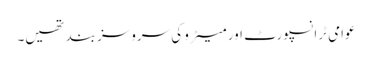
عوامی ٹرانسپورٹ اور میٹرو کی سروسز بند تھیں۔